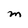
Character: M